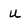
Character: U